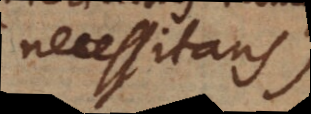
necessitans)